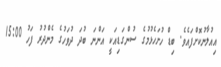
އިއުލާނުކޮށްފައެވެ. ބިޑް ހުށަހެޅުމުގެ ސުންގަޑިއަކީ އަންނަ ބުދަ ދުވަހުގެ މެންދުރު ފަހު 15:00